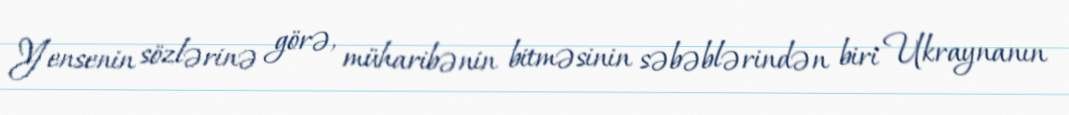
Yensenin sözlərinə görə, müharibənin bitməsinin səbəblərindən biri Ukraynanın